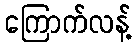
ကြောက်လန့်